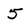
Character: 5